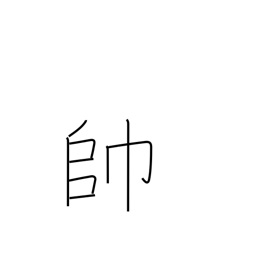
Meaning: leading troops